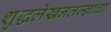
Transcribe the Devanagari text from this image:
शुद्धलेखनतज्‍ज्ञांचा